Leaving Certificate, 1899
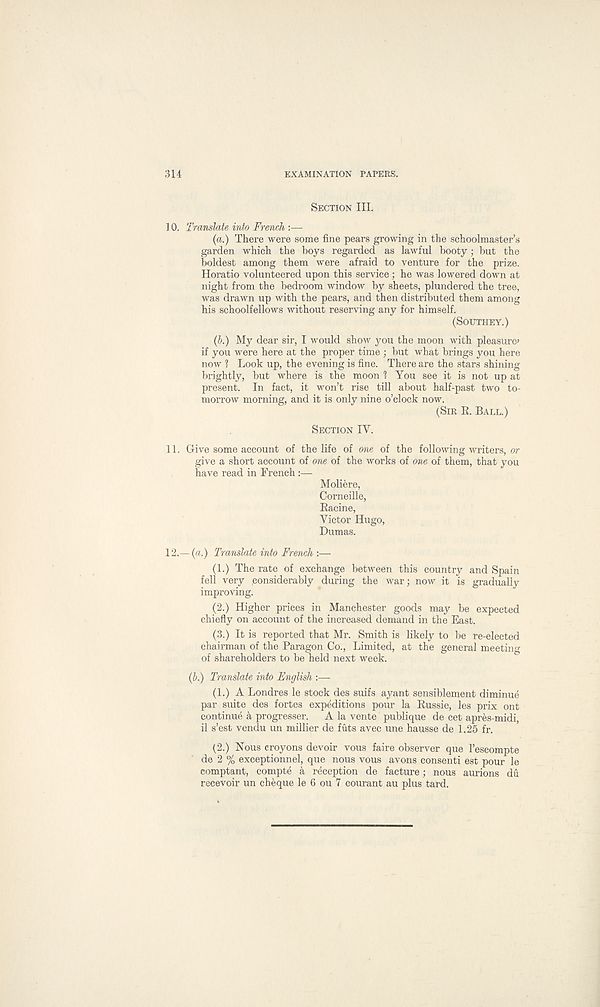
314
EXAMINATION PAPERS.
SECTION III.
10. Translate into French :—-
(a.) There were some fine pears growing in the schoolmaster’s
garden which the boys regarded as lawful booty; but the
boldest among them were afraid to venture for the prize.
Horatio volunteered upon this service; he was lowered down at
night from the bedroom window by sheets, plundered the tree,
was drawn up with the pears, and then distributed them among
his schoolfellows without reserving any for himself.
(SOUTHEY.)
(b.) My dear sir, I would show you the moon with pleasure^
if you were here at the proper time ; but what brings you here
now 1 Look up, the evening is fine. There are the stars shining
brightly, but where is the moon 'l You see it is not up at
present. In fact, it won’t rise till about half-past two to-
morrow morning, and it is only nine o’clock now.
(SIR E. BALL.)
SECTION IY.
11. Give some account of the life of one of the following writers, or
give a short account of one of the works of one of them, that you
have read in French :—
Moliere,
Corneille,
Eacine,
Victor Hugo,
Dumas.
12.
— (a.) Transl
(1.) The rate of exchange between this country and Spain
fell very considerably during the war; now it is gradually
improving.
(2.) Higher prices in Manchester goods may be expected
chiefly on account of the increased demand in the East.
(3.) It is reported that Mr. Smith is likely to be re-elected
chairman of the Paragon Co., Limited, at the general meeting
of shareholders to be held next week.
(b.) Translate into English :—
(1.) A Londres le stock des suifs ayant sensiblement diminue
par suite des fortes expeditions pour la Eussie, les prix ont
continue 4 progresser.
A la vente publique de cet apres-midi,
il s’est vendu un millier de futs avec une hausse de 1.25 fr.
(2.) Nous croyons devoir vous faire observer que I’escompte
de 2 % exceptionnel, que nous vous avons consenti est pour le
comptant, compte k reception de facture; nous aurions du
recevoir un cheque le 6 QU 7 courant au plus tard.